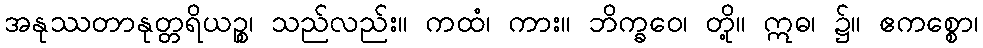
အနုဿတာနုတ္တရိယဉ္စ၊ သည်လည်း။ ကထံ၊ ကား။ ဘိက္ခဝေ၊ တို့။ ဣဓ၊ ၌။ ဧကစ္စော၊